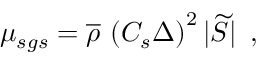
{ \mu _ { s g s } = \overline { { \rho } } \, \left( C _ { s } \Delta \right) ^ { 2 } | \widetilde { S } | \, \mathrm { ~ , ~ } }